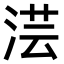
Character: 𣶽